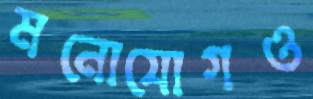
মনোযোগও